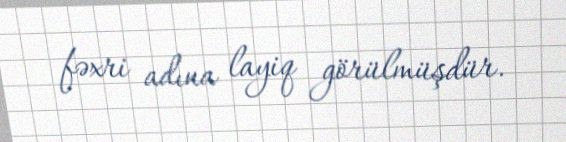
fəxri adına layiq görülmüşdür.